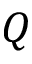
Q